Code of medical and sanitary regulations for the guidance of medical officers serving in the Madras Presidency - Volume II
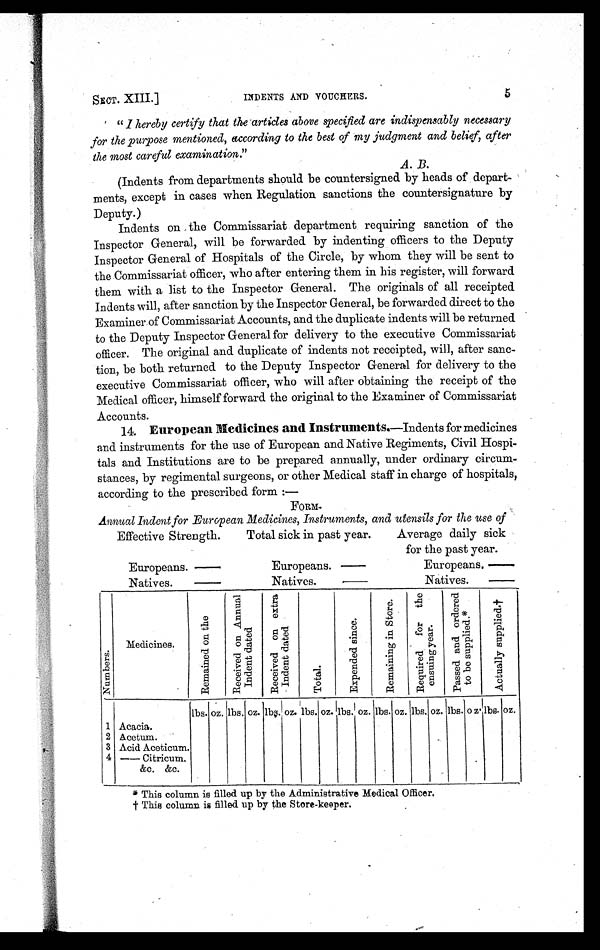
SECT. XIII.]
INDENTS AND VOUCHERS.
5
"I hereby certify that the articles above specified are indispensably necessary
for the purpose mentioned, according to the best of my judgment and belief, after
the most careful examination.”
A. B.
(Indents from departments should be countersigned by heads of depart-
ments, except in cases when Regulation sanctions the countersignature by
Deputy.)
Indents on the Commissariat department requiring sanction of the
Inspector General, will be forwarded by indenting officers to the Deputy
Inspector General of Hospitals of the Circle, by whom they will be sent to
the Commissariat officer, who after entering them in his register, will forward
them with a list to the Inspector General. The originals of all receipted
Indents will, after sanction by the Inspector General, be forwarded direct to the
Examiner of Commissariat Accounts, and the duplicate indents will be returned
to the Deputy Inspector General for delivery to the executive Commissariat
officer. The original and duplicate of indents not receipted, will, after sanc-
tion, be both returned to the Deputy Inspector General for delivery to the
executive Commissariat officer, who will after obtaining the receipt of the
Medical officer, himself forward the original to the Examiner of Commissariat
Accounts.
14. European Medicines and Instruments. —Indents for medicines
and instruments for the use of European and Native Regiments, Civil Hospi-
tals and Institutions are to be prepared annually, under ordinary circum-
stances, by regimental surgeons, or other Medical staff in charge of hospitals,
according to the prescribed form :—
FORM.
Annual Indent for European Medicines, Instruments, and utensils for the use of
Effective Strength.
Total sick in past year.
Average daily sick
for the past year.
Europeans.—
Europeans.—
Europeans.—
Natives.—
Natives_—
Natives_—
N u m b e r s .
Medicines.
R e m a i n e d o n t h e
R e c e i v e d o n A n n u a l I n d e n t d a t e d
R e c e i v e d o n e x t r a I n d e n t d a t e d
T o t a l .
E x p e n d e d s i n c e .
R e m a i n i n g i n s t o r e . R e q u i r e d f o r t h e e n s u i n g y e a r .
P a s s e d a n d o r d e r e d t o b e s u p p l i e d . *
A c t u a l l y s u p p l i e d . †
1 Acacia.
lbs. oz. lbs. oz.
l b s .
oz.
lbs. oz. lbs. oz. lbs. oz. lbs. oz. lbs. oz. lbs. oz.
2 Acetum.
3 Acid Aceticum.
4 — Citricu
m &c. &c.
* This column is filled up by the Administrative Medical Officer.
† This column is filled up by the Store-keeper.